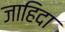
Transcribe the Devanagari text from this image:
जाहिदा